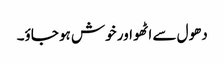
دھول سے اٹھو اور خوش ہو جاؤ۔